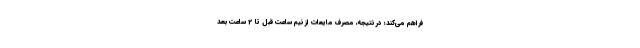
فراهم می‌کند؛ در نتیجه، مصرف مایعات از نیم ساعت قبل تا 2 ساعت بعد